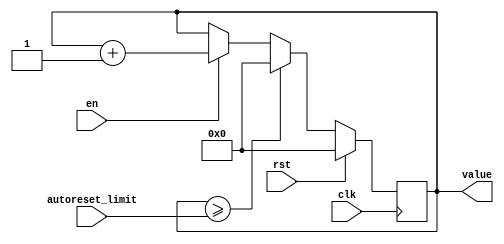
module counter_W_autoreset(input wire clk,
									input wire rst,
									input wire en,
									input wire [7:0] autoreset_limit,
									output reg [7:0]value);

reg autoreset; // gen ca un flag de la amp
always @(posedge clk)
begin
	if(rst==1) // reset triggered
		begin
			value<=0;
			autoreset<=0;
		end
	else
		begin
			if(value>=autoreset_limit) // valoarea depaseste limita de autoreset
				begin
					value<=0;
					autoreset<=1;
				end
			else
				begin
					if(en==1) // enable triggered
						begin
							value<=value+1;
							autoreset<=0;
						end
					else 
						begin	
							value<=value;	// aici e pauza, nu face nimic
							autoreset<=0;
						end
				end
		end
end
endmodule